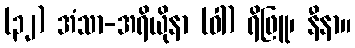
(၃၂) အံသာ-အရိယိုနာ (ဝါ) ရိဖြူ၊ နီနာ။